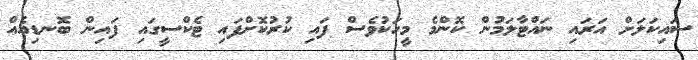
ސައިކަލަށް އަރައި ނައްޓާލަމުން ކޮންމެ މީހަކުވެސް ފައި ކުރުކޮށްފައި ޓެކްސީގައި ފައިން ބޮނޑިއެއް